Vaccine operations Central Provinces 1886-1899 - 1886-1899
Year: 1886
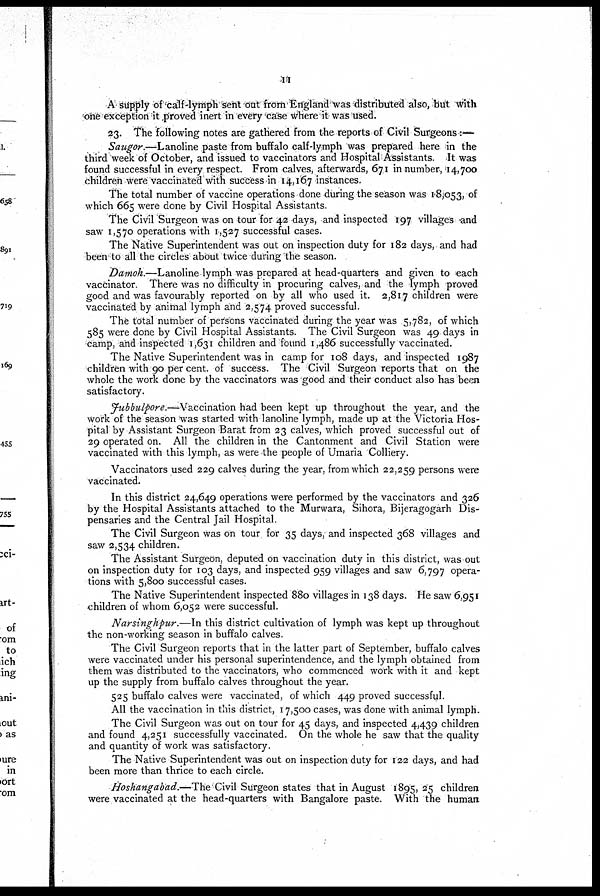
11
A supply of calf-lymph sent out from England was distributed also, but with
one exception it proved inert in every case where it was used.
23. The following notes are gathered from the reports of Civil Surgeons:—
Saugor.—Lanoline paste from buffalo calf-lymph was prepared here in the
third week of October, and issued to vaccinators and Hospital Assistants. It was
found successful in every respect. From calves, afterwards, 671 in number., 14,700
children were vaccinated with success in 14,167 instances.
The total number of vaccine operations done during the season was 18,053, of
which 665 were done by Civil Hospital Assistants.
The Civil Surgeon was on tour for 42 days, and inspected 197 villages and
saw 1,570 operations with 1,527 successful cases.
The Native Superintendent was out on inspection duty for 182 days, and had
been to all the circles about twice during the season.
Damoh.—Lanoline lymph was prepared at head-quarters and given to each
vaccinator. There was no difficulty in procuring calves, and the lymph proved
good and was favourably reported on by all who used it. 2,817 children were
vaccinated by animal lymph and 2,574 proved successful.
The total number of persons vaccinated during the year was 5,782, of which
585 were done by Civil Hospital Assistants. The Civil Surgeon was 49 days in
camp, and inspected 1,631 children and found 1,486 successfully vaccinated.
The Native Superintendent was in camp for 108 days, and inspected 1987
children with 90 per cent. of success. The Civil Surgeon reports that on the
whole the work done by the vaccinators was good and their conduct also has been
satisfactory.
Jubbulpore.—Vaccination had been kept up throughout the year, and the
work of the season was started with lanoline lymph, made up at the Victoria Hos-
pital by Assistant Surgeon Barat from 23 calves, which proved successful out of
29 operated on. All the children in the Cantonment and Civil Station were
vaccinated with this lymph, as were the people of Umaria Colliery.
Vaccinators used 229 calves during the year, from which 22,259 persons were
vaccinated.
In this district 24,649 operations were performed by the vaccinators and 326
by the Hospital Assistants attached to the Murwara, Sihora, Bijeragogarh Dis-
pensaries and the Central Jail Hospital.
The Civil Surgeon was on tour for 35 days, and inspected 368 villages and
saw 2,534 children.
The Assistant Surgeon, deputed on vaccination duty in this district, was out
on inspection duty for 103 days, and inspected 959 villages and saw 6,797 opera-
tions with 5,800 successful cases.
The Native Superintendent inspected 880 villages in 138 days. He saw 6,951
children of whom 6,052 were successful.
Narsinghpur.—In this district cultivation of lymph was kept up throughout
the non-working season in buffalo calves.
The Civil Surgeon reports that in the latter part of September, buffalo calves
were vaccinated under his personal superintendence, and the lymph obtained from
them was distributed to the vaccinators, who commenced work with it and kept
up the supply from buffalo calves throughout the year.
525 buffalo calves were vaccinated, of which 449 proved successful.
All the vaccination in this district, 17,500 cases, was done with animal lymph.
The Civil Surgeon was out on tour for 45 days, and inspected 4,439 children
and found 4,251 successfully vaccinated. On the whole he saw that the quality
and quantity of work was satisfactory.
The Native Superintendent was out on inspection duty for 122 days, and had
been more than thrice to each circle.
Hoshangabad.—The Civil Surgeon states that in August 1895, 25 children
were vaccinated at the head-quarters with Bangalore paste. With the human